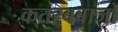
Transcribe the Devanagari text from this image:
कतरबबाजों